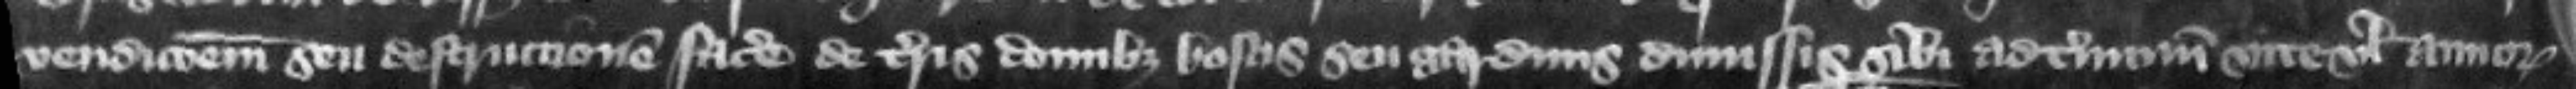
vendicionem seu destruccionem facere de terris domibus boscis seu gardinis dimissis sibi ad terminum vite vel annorum